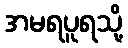
အမရပူရသို့